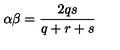
\alpha \beta = \frac { 2 q s } { q + r + s }